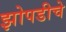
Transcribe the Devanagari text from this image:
झोपडीचे